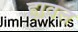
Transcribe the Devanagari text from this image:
हावल